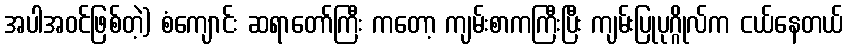
အပါအဝင်ဖြစ်တဲ့) စံကျောင်း ဆရာတော်ကြီး ကတော့ ကျမ်းစာကကြီးပြီး ကျမ်းပြုပုဂ္ဂိုလ်က ငယ်နေတယ်